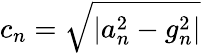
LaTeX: c_{n}={\sqrt{\left|a_{n}^{2}-g_{n}^{2}\right|}}